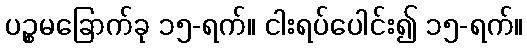
ပဉ္စမခြောက်ခု ၁၅-ရက်။ ငါးရပ်ပေါင်း၍ ၁၅-ရက်။